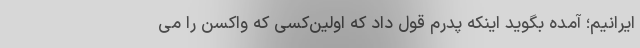
ایرانیم؛ آمده بگوید اینکه پدرم قول داد که اولین‌کسی که واکسن را می